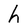
Character: h